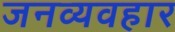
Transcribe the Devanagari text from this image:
जनव्यवहार